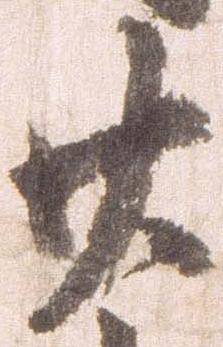
廿